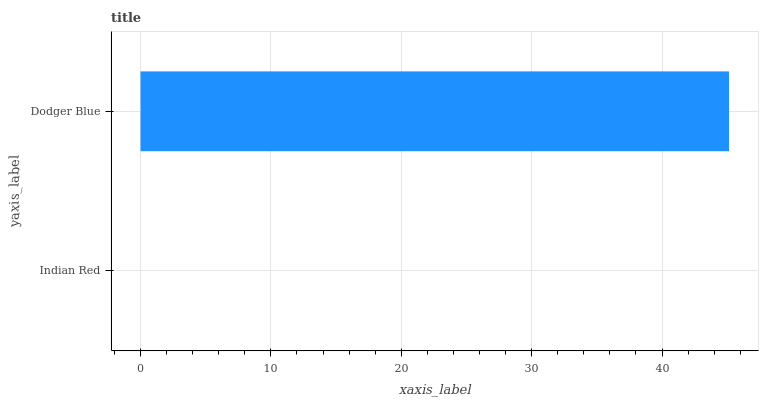
| yaxis_label | bars |
 | --- | --- |
 | Indian Red | 0 |
 | Dodger Blue | 45.1 |